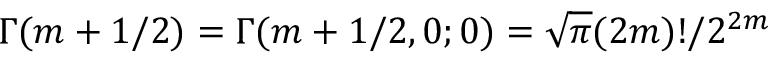
\Gamma ( m + 1 / 2 ) = \Gamma ( m + 1 / 2 , 0 ; 0 ) = \sqrt { \pi } { ( 2 m ) ! / 2 ^ { 2 m } }